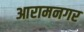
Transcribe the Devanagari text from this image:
आरामनगर